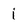
Character: i